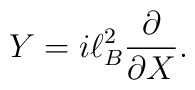
Y=i\ell _{B}^{2}\frac{\partial }{\partial X}.